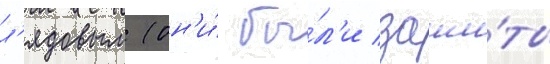
л'ядовым (он'и́ бы́л'и заши́ты